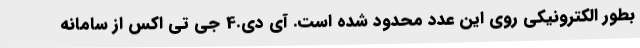
بطور الکترونیکی روی این عدد محدود شده است. آی دی.4 جی تی اکس از سامانه